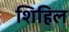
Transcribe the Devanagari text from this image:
शिहिल